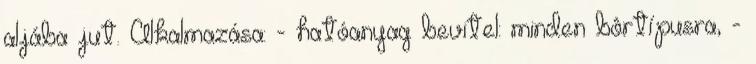
aljába jut. Alkalmazása: - hatóanyag bevitel: minden bôrtípusra, -